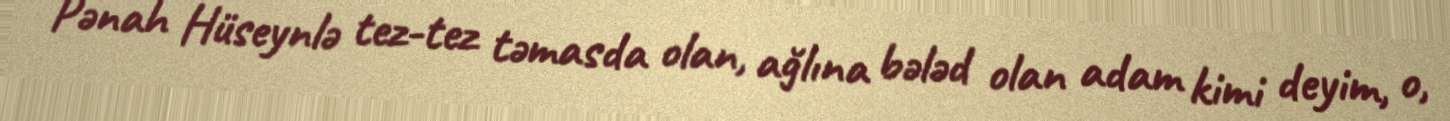
Pənah Hüseynlə tez-tez təmasda olan, ağlına bələd olan adam kimi deyim, o,